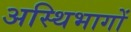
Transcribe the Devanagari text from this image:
अस्थिभागों